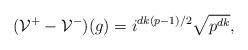
LaTeX: \begin{align*}(\mathcal V^+-\mathcal V^-)(g)=i^{dk(p-1)/2}\sqrt{p^{dk}}, \end{align*}